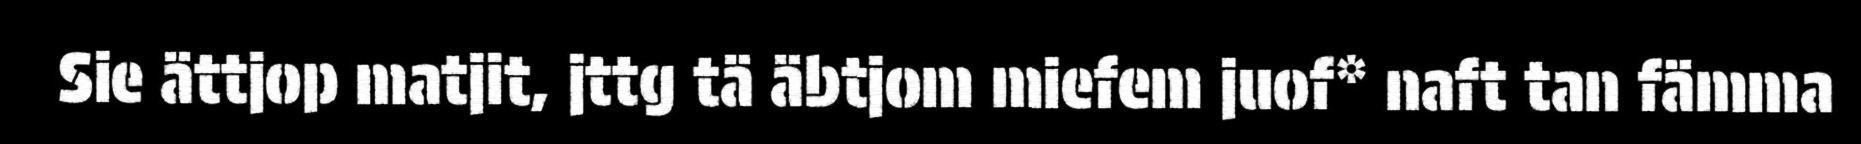
Sie ättjop matjit, jttg tä äbtjom miefem juof* naft tan fämma